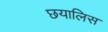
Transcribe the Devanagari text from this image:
छयालिस